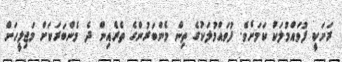
ރަށަކީ ފުވައްމުލަކު ކަމަށެެވެ. ފުވައްމުލަކުގެ ތިން މެންބަރުންގެ ތެރެއިން ދެ މެންބަރަކަށް މަޖިލީހަށް